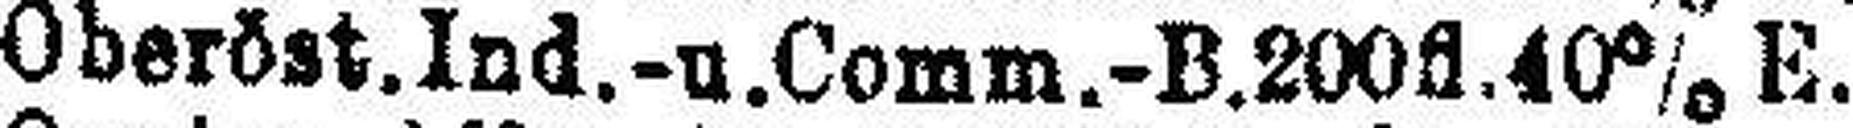
Oberöst. Ind.- u. Comm.-B. 200fl. 40% E.